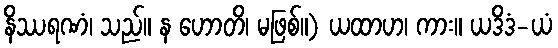
နိဿရဏံ၊ သည်။ န ဟောတိ၊ မဖြစ်။) ယထာဟ၊ ကား။ ယဒိဒံ-ယံ